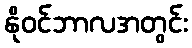
နိုဝင်ဘာလအတွင်း